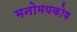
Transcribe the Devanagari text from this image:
मनोमयकोष